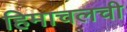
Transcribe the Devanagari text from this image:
हिमाचलची